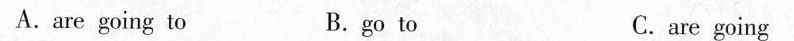
A.are going to B.go to C. are going